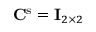
\mathbf { C } ^ { \mathrm { s } } = \mathbf { I } _ { 2 \times 2 }